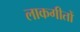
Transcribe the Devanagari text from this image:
लाकगीतों